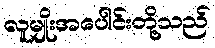
လူမျိုးအပေါင်းတို့သည်